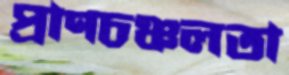
প্রাণচঞ্চলতা